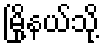
မြို့နယ်သို့